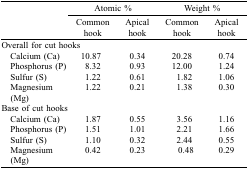
|  | <COLSPAN=2> Atomic % | <COLSPAN=2> Weight % |
 |  | Common hook | Apical hook | Common hook | Apical hook |
 | --- | --- | --- | --- | --- |
 | <COLSPAN=5> Overall for cut hooks |
 | Calcium (Ca) | 10.87 | 0.34 | 20.28 | 0.74 |
 | Phosphorus (P) | 8.32 | 0.93 | 12.00 | 1.24 |
 | Sulfur (S) | 1.22 | 0.61 | 1.82 | 1.06 |
 | Magnesium (Mg) | 1.22 | 0.21 | 1.38 | 0.30 |
 | <COLSPAN=5> Base of cut hooks |
 | Calcium (Ca) | 1.87 | 0.55 | 3.56 | 1.16 |
 | Phosphorus (P) | 1.51 | 1.01 | 2.21 | 1.66 |
 | Sulfur (S) | 1.10 | 0.32 | 2.44 | 0.55 |
 | Magnesium (Mg) | 0.42 | 0.23 | 0.48 | 0.29 |